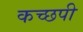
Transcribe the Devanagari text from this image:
कच्छपी